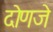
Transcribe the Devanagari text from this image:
दोणजे